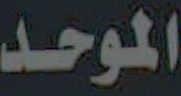
الموحد